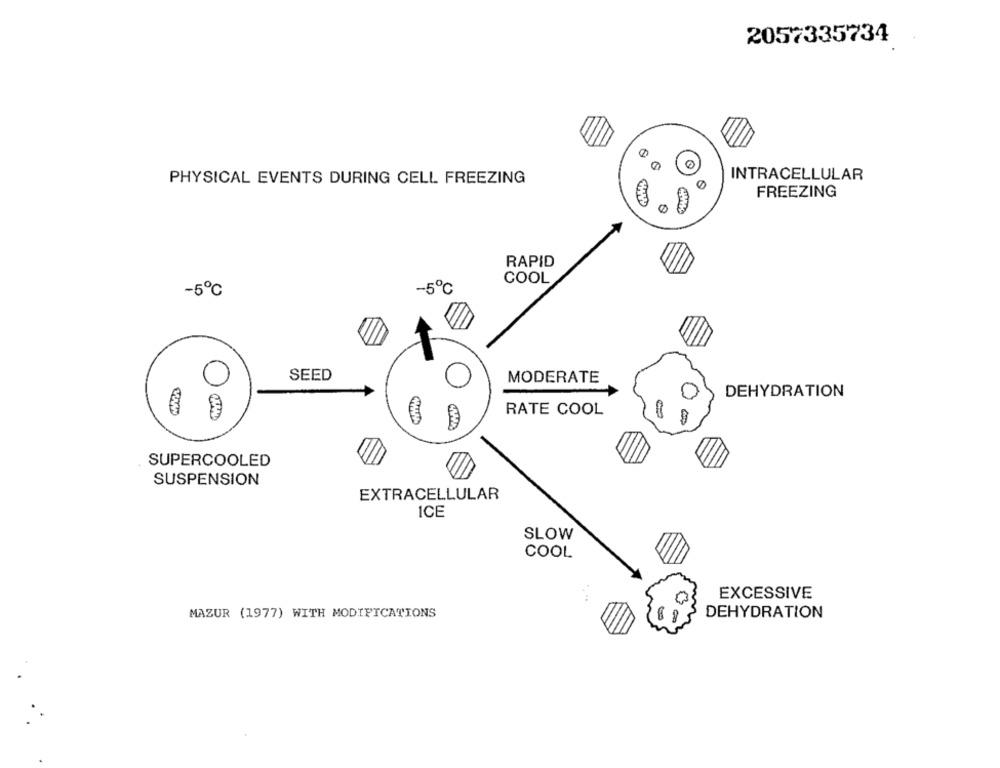
2057335734
INTRACELLULAR
PHYSICAL EVENTS DURING CELL FREEZING
FREEZING
RAPID
COOL
-5℃
-5℃
SEED
MODERATE
0
DEHYDRATION
RATE COOL
SUPERCOOLED
SUSPENSION
EXTRACELLULAR
ICE
SLOW
COOL
EXCESSIVE
MAZUR (1977) WITH MODIFICATIONS
DEHYDRATION